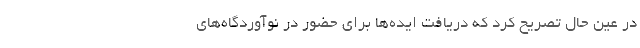
در عین حال تصریح کرد که دریافت ایده‌ها برای حضور در نوآوردگاه‌های